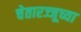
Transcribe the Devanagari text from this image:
चेतारज्जूच्या